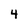
Character: 4